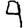
Digit: 9